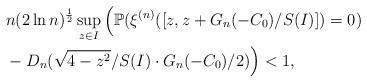
LaTeX: \begin{align*}&n(2\ln n)^{\frac{1}{2}}\sup_{z\in I}\Big(\mathbb{P}(\xi^{(n)}([z,z+G_n(-C_0)/S(I)])=0)\\ &-D_n(\sqrt{4-z^2}/S(I) \cdot G_n(-C_0)/2)\Big)<1,\end{align*}